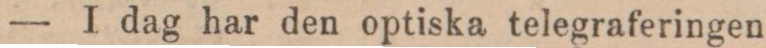
— I dag har den optiska telegraferingen